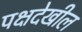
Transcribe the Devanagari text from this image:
पक्षदेखील